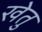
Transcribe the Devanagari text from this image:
खेतु